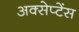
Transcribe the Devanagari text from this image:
अक्सेप्टेंस